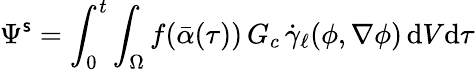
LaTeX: \Psi^{\mathsf{s}}=\int_{0}^{t}\int_{\Omega}f(\bar{{\alpha}}(\tau))\, G_{c}\, \dot{{\gamma}}_{\ell}(\phi,\nabla\phi)\, \mathrm{{d}}V\mathrm{{d}}\tau